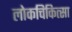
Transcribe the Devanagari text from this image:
लोकचिकित्सा